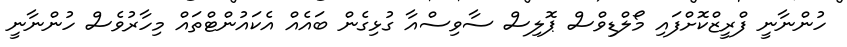
ހުންނާނީ ފްރީޒްކޮށްފައި މޯލްޑިވްސް ޕޮލިސް ސާވިސްއާ ގުޅިގެން ބައެއް އެކައުންޓްތައް މިހާރުވެސް ހުންނާނީ